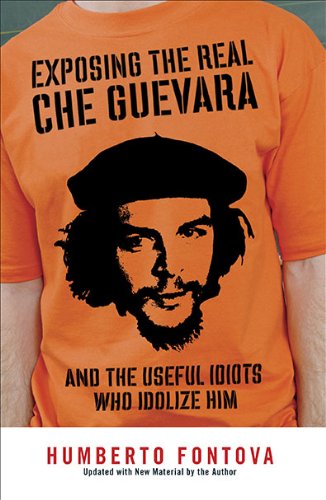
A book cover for Exposing the Real Che Guevara: And the Useful Idiots Who Idolize Him; Humberto Fontova; History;